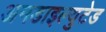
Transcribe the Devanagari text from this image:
अनडाइल्युटेड